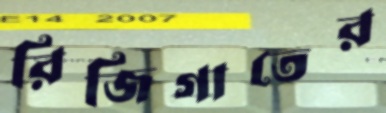
রিজিগাতের